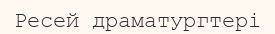
Ресей драматургтері